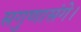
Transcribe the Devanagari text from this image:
सगुणासंगे।